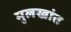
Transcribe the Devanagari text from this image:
मुलखांत